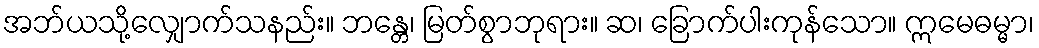
အဘ်ယသို့လျှောက်သနည်း။ ဘန္တေ၊ မြတ်စွာဘုရား။ ဆ၊ ခြောက်ပါးကုန်သော။ ဣမေဓမ္မာ၊